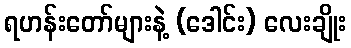
ရဟန်းတော်များနဲ့ (ဒေါင်း) လေးချိုး